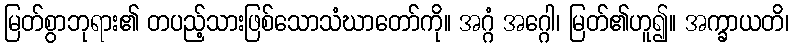
မြတ်စွာဘုရား၏ တပည့်သားဖြစ်သောသံဃာတော်ကို။ အဂ္ဂံ အဂ္ဂေါ၊ မြတ်၏ဟူ၍။ အက္ခာယတိ၊